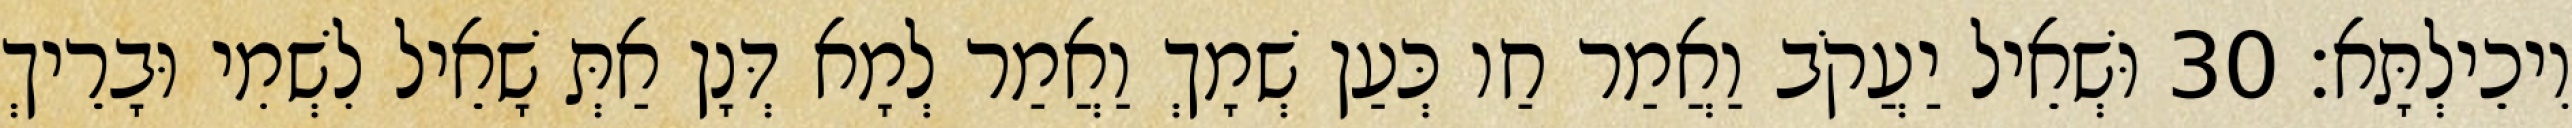
וִיכֵילְתָּא׃ 30 וּשְׁאֵיל יַעֲקֹב וַאֲמַר חַו כְּעַן שְׁמָךְ וַאֲמַר לְמָא דְּנָן אַתְּ שָׁאֵיל לִשְׁמִי וּבָרֵיךְ